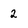
Character: 2